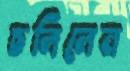
চলিলেন